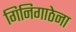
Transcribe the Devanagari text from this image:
गिनिगाठेना